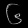
Digit: ၆